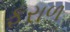
ફરાળ